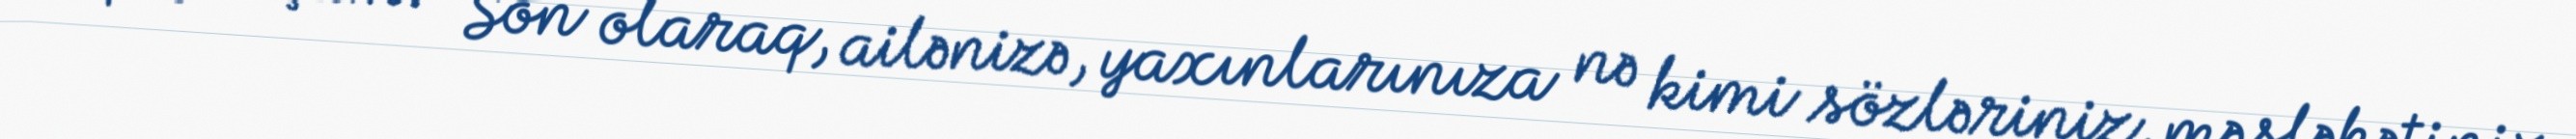
qaçmışam.- Son olaraq, ailənizə, yaxınlarınıza nə kimi sözləriniz, məsləhətiniz